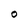
Character: O